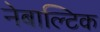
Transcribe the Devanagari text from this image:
नेबाल्टिक